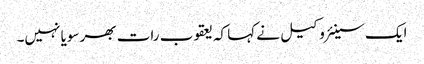
ایک سینئر وکیل نے کہا کہ یعقوب رات بھر سویا نہیں۔